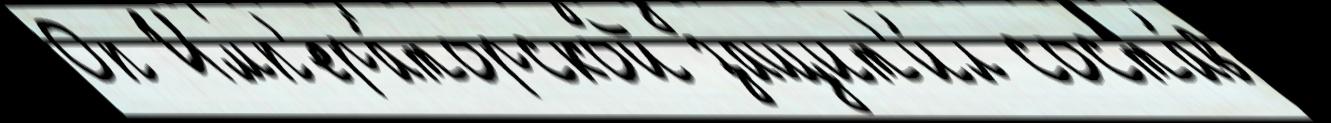
Оп Имп'ера́торской защит'и́л соста́в